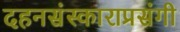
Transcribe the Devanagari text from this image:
दहनसंस्काराप्रसंगी